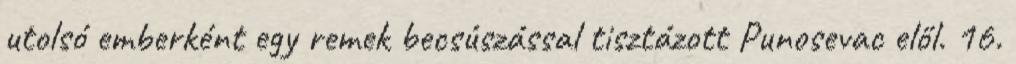
utolsó emberként egy remek becsúszással tisztázott Punosevac elől. 16.